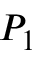
P _ { 1 }